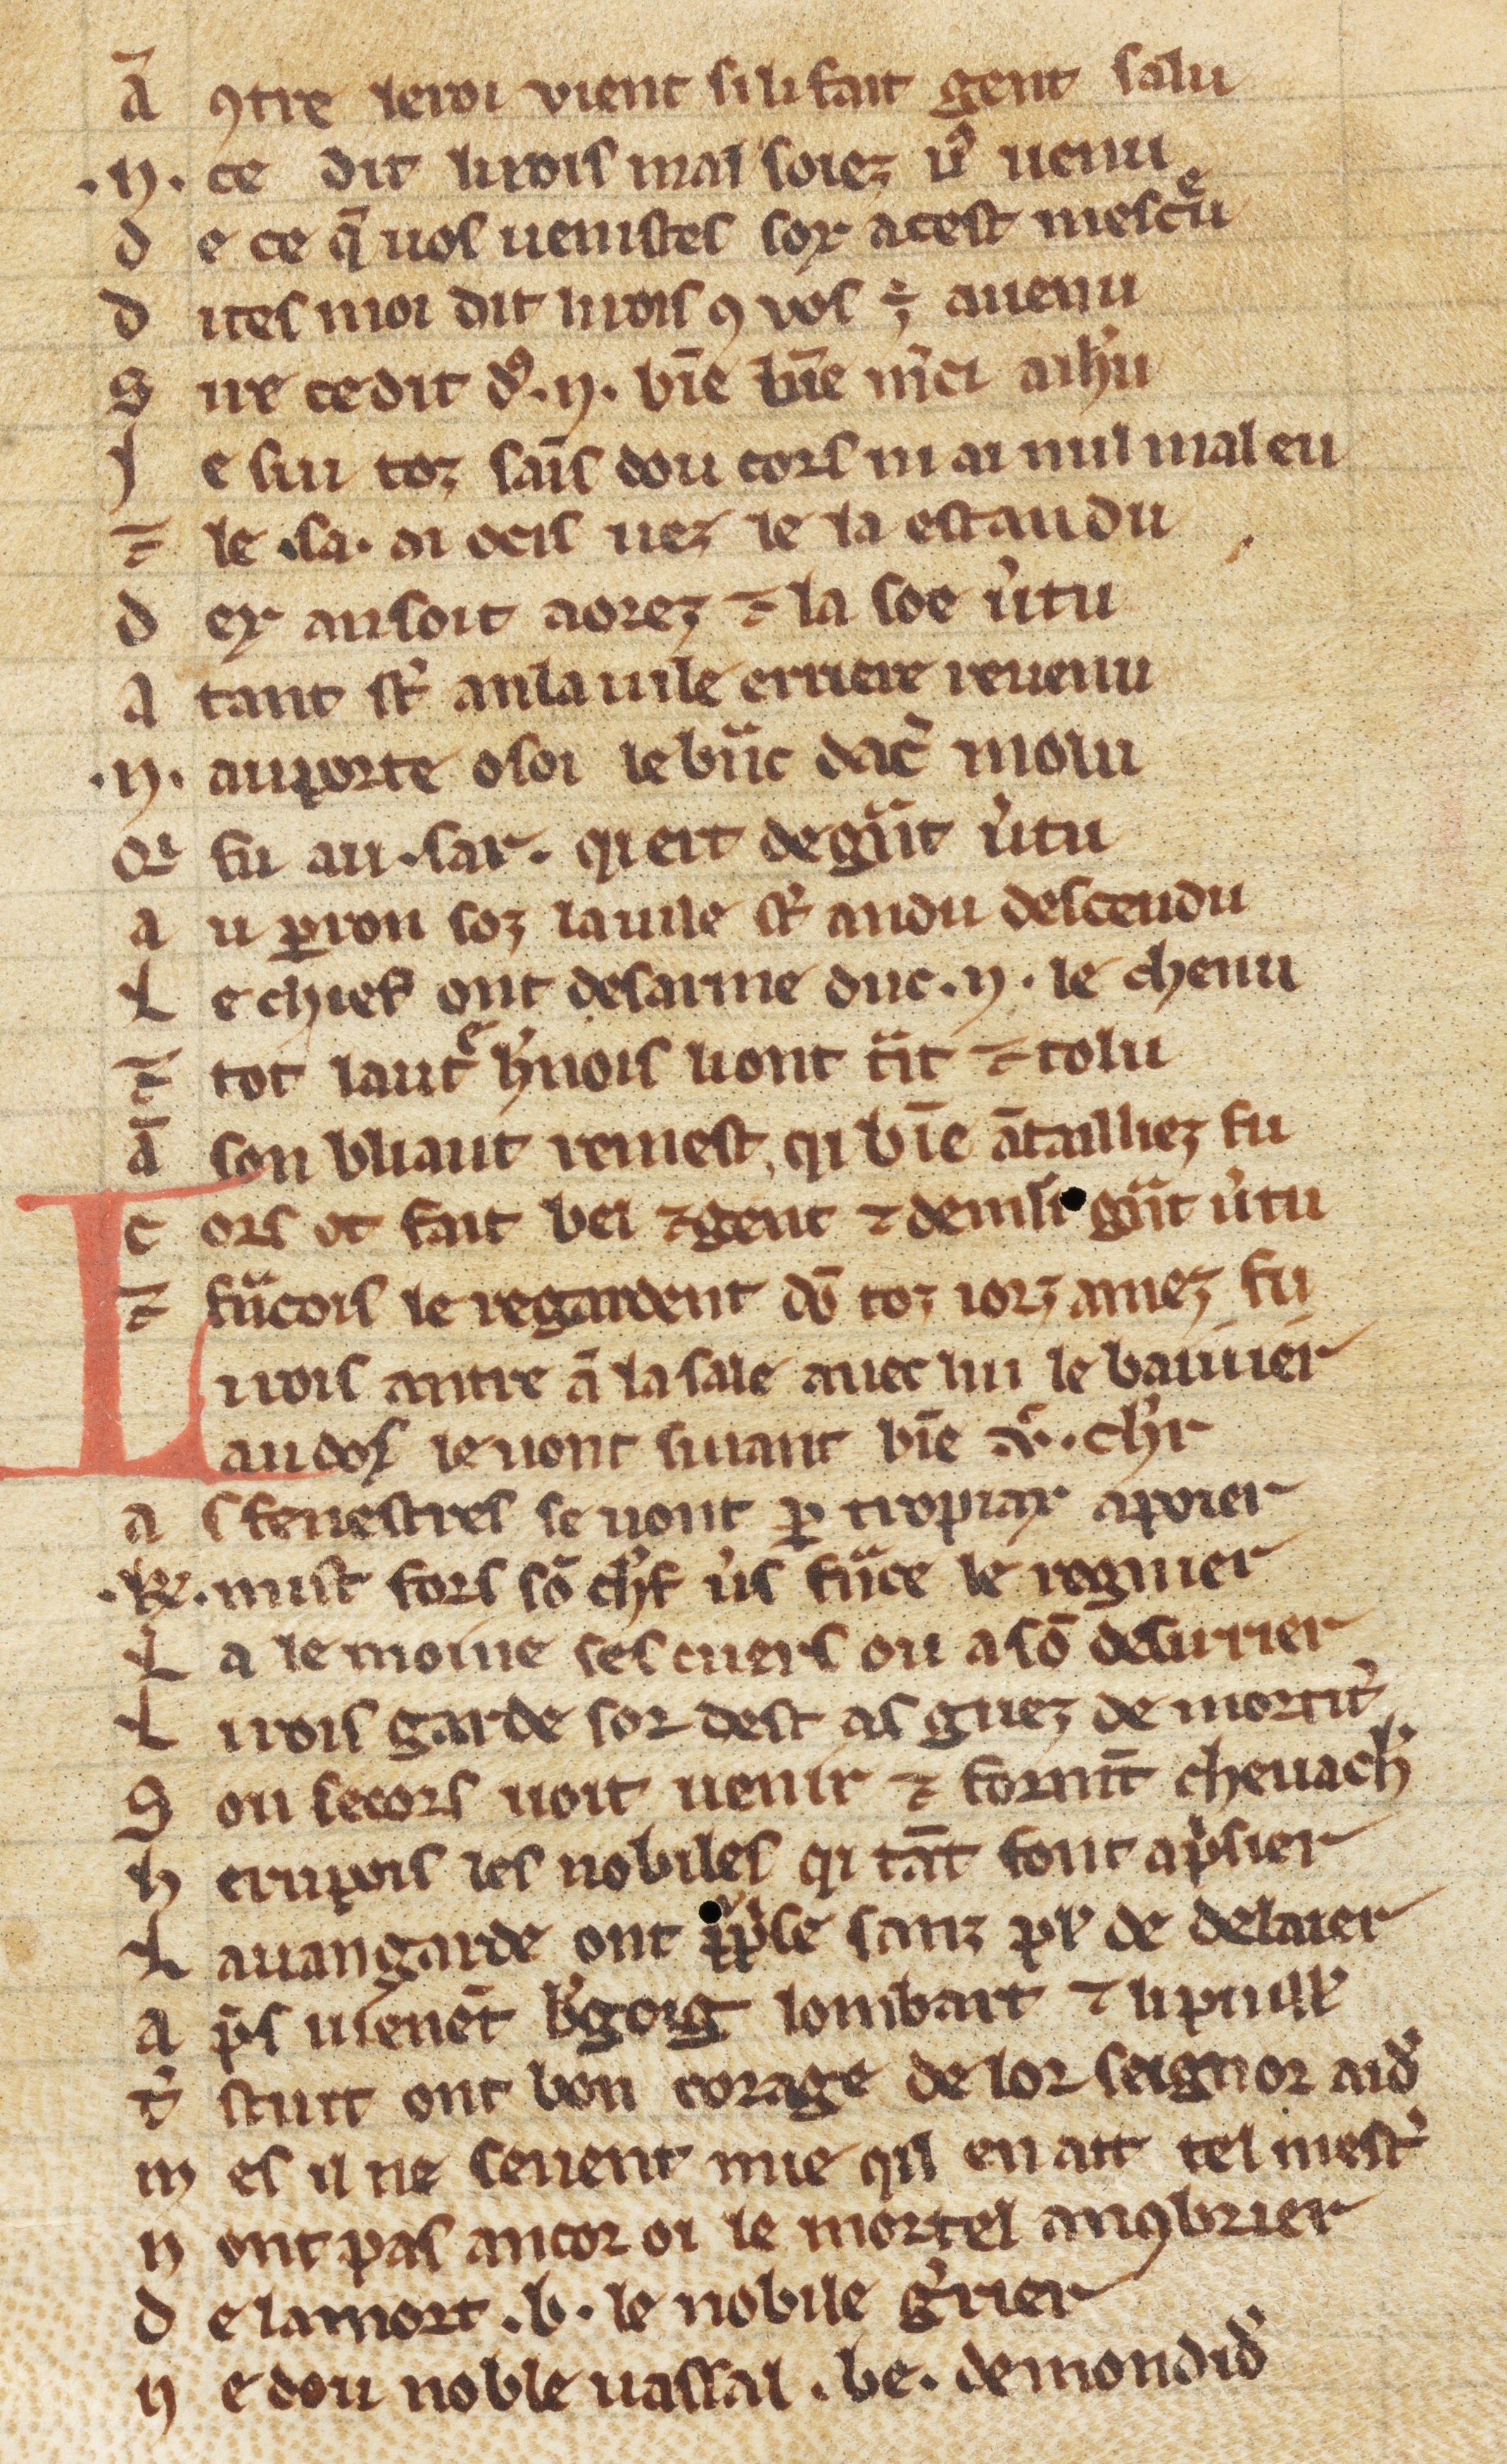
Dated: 1270–1299